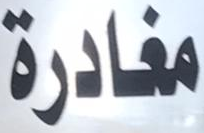
مغادرة